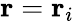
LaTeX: \mathbf{r}=\mathbf{r}_{i}